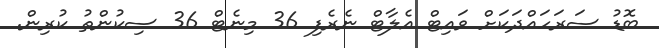
ބޮޑު ސަރަހައްދަކަށް ވައިޓް އެލާޓް ނެރެފި 36 މިނެޓް 36 ސިކުންތު ކުރިން.